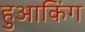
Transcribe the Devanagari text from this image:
हुआकिंग